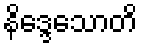
နိဒ္ဒေသောတိ